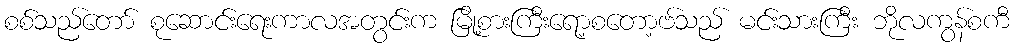
စစ်သည်တော် စုဆောင်းရေးကာလအတွင်းက မြို့စားကြီးရော့စတော့ဗ်သည် မင်းသားကြီး ဘိုလကွန်စကီ